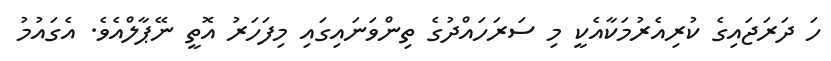
ހަ ދަރަޖައިގެ ކުރިއެރުމަކާއެކީ މި ސަރަހައްދުގެ ތިންވަނައިގައި މިފަހަރު އޮތީ ނޭޕާލްއެވެ. އެގައުމު